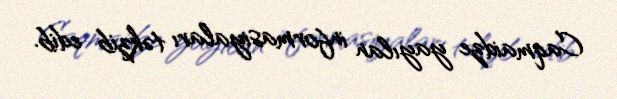
Caqmaidze yayılan informasiyaları təkzib edib.